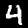
Label: 4